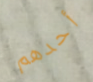
أحدهم